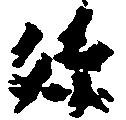
孫